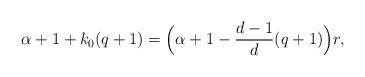
LaTeX: \begin{align*}\alpha+1+k_0(q+1)=\Bigl(\alpha+1-\frac{d-1}d(q+1)\Bigr)r,\end{align*}